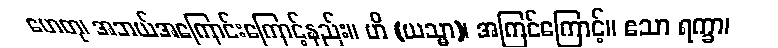
ဟေတု၊ အဘယ်အကြောင်းကြောင့်နည်း။ ဟိ (ယသ္မာ)၊ အကြင်ကြောင့်။ ဧသာ ရက္ခာ၊